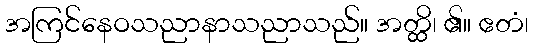
အကြင်နေဝသညာနာသညာသည်။ အတ္ထိ၊ ၏။ ဧတံ၊